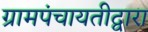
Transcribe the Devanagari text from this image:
ग्रामपंचायतीद्वारा